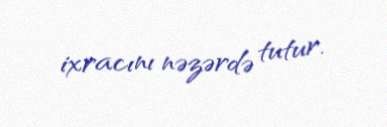
ixracını nəzərdə tutur.